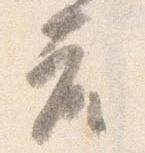
座